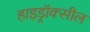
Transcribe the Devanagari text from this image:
हाइड्रॉक्सील